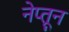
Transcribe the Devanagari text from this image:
नेप्तून